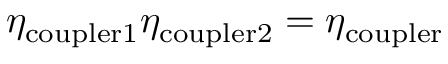
\eta _ { \mathrm { c o u p l e r 1 } } \eta _ { \mathrm { c o u p l e r 2 } } = \eta _ { \mathrm { c o u p l e r } }